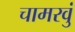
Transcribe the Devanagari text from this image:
चामरवुं